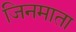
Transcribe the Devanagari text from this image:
जिनमाता